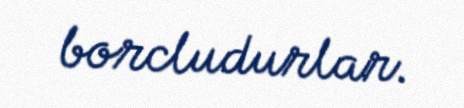
borcludurlar.